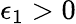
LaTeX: \epsilon_{1}>0